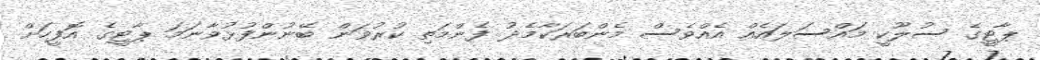
ޕާޓީގެ ސުލޫކީ މައްސަލައެއް އެއްވެސް މެންބަރަކާމެދު ފެންމަތި ކުރުވަން ބޭނުންފުޅުވާނަމަ ޕާޓީގެ އޮފީހަށް